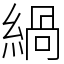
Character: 緺